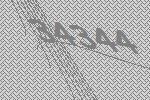
34344